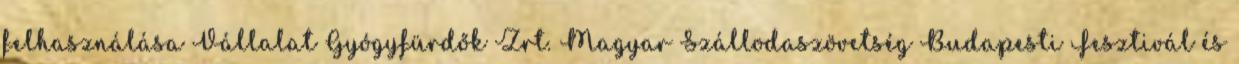
felhasználása Vállalat Gyógyfürdők Zrt. Magyar Szállodaszövetség Budapesti Fesztivál és